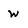
Character: W